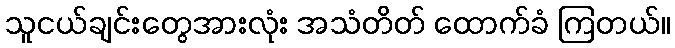
သူငယ်ချင်းတွေအားလုံး အသံတိတ် ထောက်ခံ ကြတယ်။